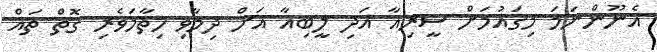
އެނޫންނަމަ މިގައުމަށް ސީރިއާ އަދި ލީބިއާ އަށް ދިމާވި ހިތާމަވެރި ގޮތް ތައް